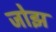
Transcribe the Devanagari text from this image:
जोझ